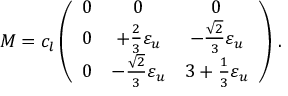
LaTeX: M = c _ { l } \left( \begin{array} { c c c } { { 0 } } & { { 0 } } & { { 0 } } \\ { { 0 } } & { { + \frac { 2 } { 3 } { \varepsilon _ { u } } } } & { { - \frac { \sqrt { 2 } } { 3 } \varepsilon _ { u } } } \\ { { 0 } } & { { - \frac { \sqrt { 2 } } { 3 } \varepsilon _ { u } } } & { { 3 + \frac { 1 } { 3 } \varepsilon _ { u } } } \end{array} \right) \, .